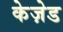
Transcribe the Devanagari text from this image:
केज़ेड